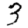
Digit: 3